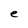
Character: e